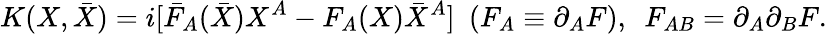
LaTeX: K(X,\bar{X})=i[\bar{F}_{A}(\bar{X})X^{A}-F_{A}(X)\bar{X}^{A}]\ \ (F_{A}\equiv\partial_{A}F),\ \ F_{AB}=\partial_{A}\partial_{B}F.